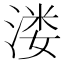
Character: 溇